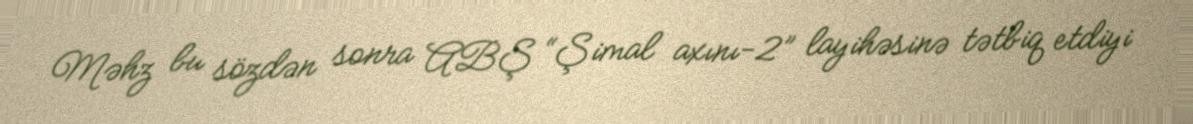
Məhz bu sözdən sonra ABŞ “Şimal axını-2” layihəsinə tətbiq etdiyi